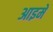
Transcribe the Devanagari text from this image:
आइमे